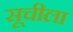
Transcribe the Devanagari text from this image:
सूचीला